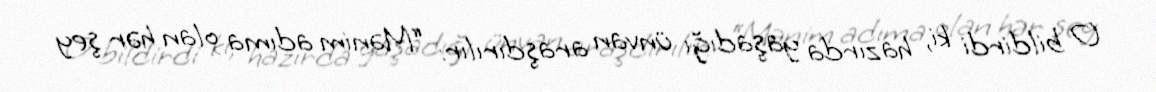
O bildirdi ki, hazırda yaşadığı ünvan araşdırılır: “Mənim adıma olan hər şey